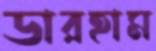
ডারহাম